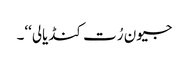
جیون رُت کنڈیالی‘‘۔